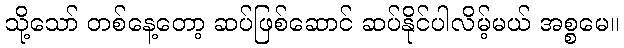
သို့သော် တစ်နေ့တော့ ဆပ်ဖြစ်ဆောင် ဆပ်နိုင်ပါလိမ့်မယ် အစ္စမေ။